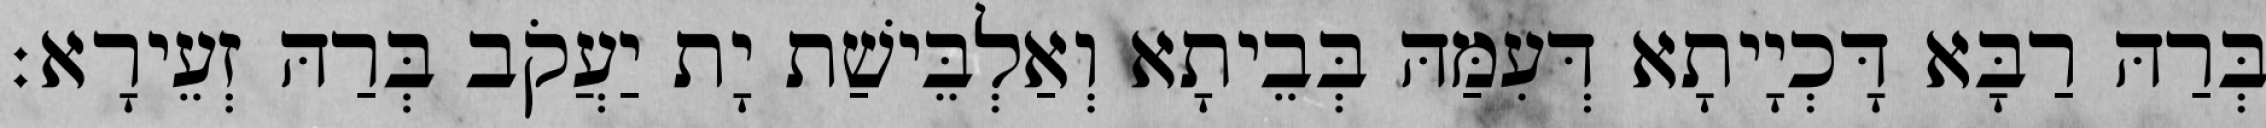
בְּרַהּ רַבָּא דָּכְיָיתָא דְּעִמַּהּ בְּבֵיתָא וְאַלְבֵּישַׁת יָת יַעֲקֹב בְּרַהּ זְעֵירָא׃